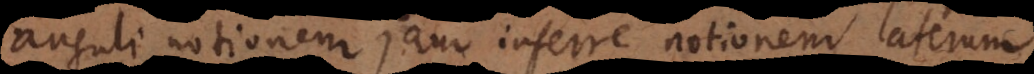
anguli notionem jam inferre notionem laterum